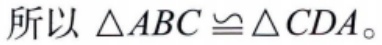
所以 \(\triangle ABC \cong \triangle CDA\)。